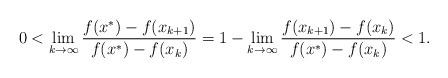
LaTeX: \begin{align*}0<\lim_{k\rightarrow\infty}\frac{f(x^*)-f(x_{k+1})}{f(x^*)-f(x_{k})}=1-\lim_{k\rightarrow\infty}\frac{f(x_{k+1})-f(x_{k})}{f(x^*)-f(x_{k})}<1.\end{align*}